Annual report of the Imperial Bacteriologist
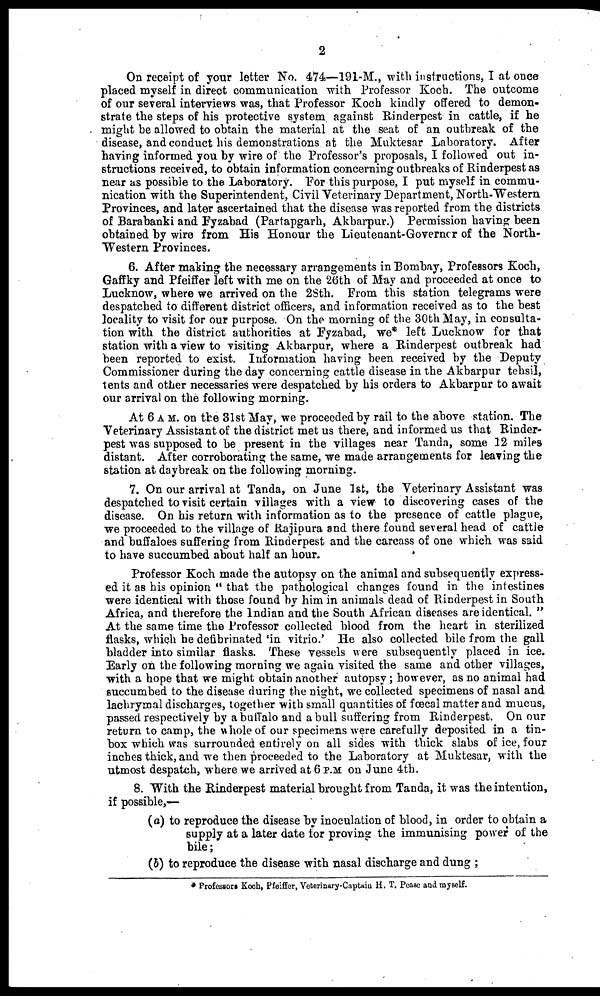
2
On receipt of your letter No. 474—191-M., with instructions, I at once
placed myself in direct communication with Professor Koch. The outcome
of our several interviews was, that Professor Koch kindly offered to demon-
strate the steps of his protective system against Rinderpest in cattle, if he
might be allowed to obtain the material at the seat of an outbreak of the
disease, and conduct his demonstrations at the Muktesar Laboratory. After
having informed you by wire of the Professor's proposals, I followed out in-
structions received, to obtain information concerning outbreaks of Rinderpest as
near as possible to the Laboratory. For this purpose, I put myself in commu-
nication with the Superintendent, Civil Veterinary Department, North-Western
Provinces, and later ascertained that the disease was reported from the districts
of Barabanki and Fyzabad (Partapgarh, Akbarpur.) Permission having been
obtained by wire from His Honour the Lieutenant-Governor of the North-
Western Provinces.
6. After making the necessary arrangements in Bombay, Professors Koch,
Gaffky and Pfeiffer left with me on the 26th of May and proceeded at once to
Lucknow, where we arrived on the 28th. From this station telegrams were
despatched to different district officers, and information received as to the best
locality to visit for our purpose. On the morning of the 30th May, in consulta-
tion with the district authorities at Fyzabad, we* left Lucknow for that
station with a view to visiting Akbarpur, where a Rinderpest outbreak had
been reported to exist. Information having been received by the Deputy
Commissioner during the day concerning cattle disease in the Akbarpur tehsil,
tents and other necessaries were despatched by his orders to Akbarpur to await
our arrival on the following morning.
At 6 A.M. on the 31st May, we proceeded by rail to the above station. The
Veterinary Assistant of the district met us there, and informed us that Rinder-
pest was supposed to be present in the villages near Tanda, some 12 miles
distant. After corroborating the same, we made arrangements for leaving the
station at daybreak on the following morning.
7. On our arrival at Tanda, on June 1st, the Veterinary Assistant was
despatched to visit certain villages with a view to discovering cases of the
disease. On his return with information as to the presence of cattle plague,
we proceeded to the village of Rajipura and there found several head of cattle
and buffaloes suffering from Rinderpest and the carcass of one which was said
to have succumbed about half an hour.
Professor Koch made the autopsy on the animal and subsequently express-
ed it as his opinion " that the pathological changes found in the intestines
were identical with those found by him in animals dead of Rinderpest in South
Africa, and therefore the Indian and the South African diseases are identical. "
At the same time the Professor collected blood from the heart in sterilized
flasks, which he defibrinated 'in vitrio.' He also collected bile from the gall
bladder into similar flasks. These vessels were subsequently placed in ice.
Early on the following morning we again visited the same and other villages,
with a hope that we might obtain another autopsy; however, as no animal had
succumbed to the disease during the night, we collected specimens of nasal and
lachrymal discharges, together with small quantities of fœcal matter and mucus,
passed respectively by a buffalo and a bull suffering from Rinderpest. On our
return to camp, the whole of our specimens were carefully deposited in a tin-
box which was surrounded entirely on all sides with thick slabs of ice, four
inches thick, and we then proceeded to the Laboratory at Muktesar, with the
utmost despatch, where we arrived at 6 P.M. on June 4th.
8. With the Rinderpest material brought from Tanda, it was the intention,
if possible,—
(a) to reproduce the disease by inoculation of blood, in order to obtain a
supply at a later date for proving the immunising power of the
bile ;
(b) to reproduce the disease with nasal discharge and dung ;
* Professors Koch, Pfeiffer, Veterinary-Captain H. T. Pease and myself.